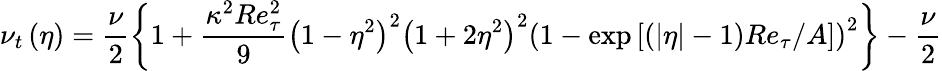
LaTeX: \nu_{t}\left(\eta\right)=\frac{\nu}{2}\left\{ 1+\frac{\kappa^{2}Re_{\tau}^{2}}{9}\left(1-\eta^{2}\right)^{2}\left(1+2\eta^{2}\right)^{2}\left(1-\exp\left[\left(\left|\eta\right|-1\right)Re_{\tau}/A\right]\right)^{2}\right\} -\frac{\nu}{2}